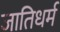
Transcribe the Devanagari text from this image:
जातिधर्म